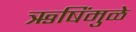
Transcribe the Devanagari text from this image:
ऋषिंमुळे